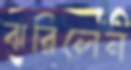
ঝরিলেন